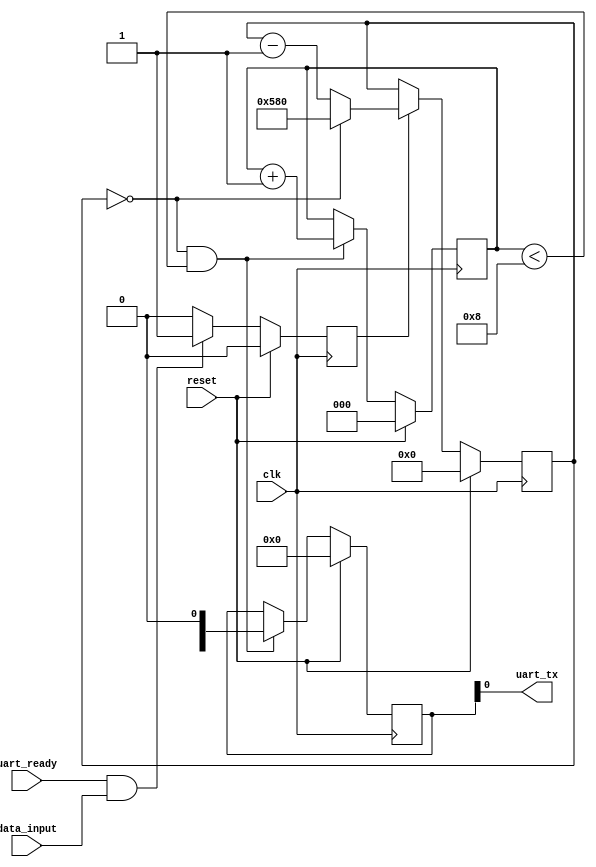
module uart_transmitter (
  input wire clk,
  input wire reset,
  input wire data_input,
  input wire uart_ready,
  output wire uart_tx
);

// Data Buffer
reg [7:0] data_buffer;

// Control Logic
reg transmit_enable;

always @ (posedge clk) begin
  if (reset) begin
    transmit_enable <= 0;
  end else if (uart_ready && data_input) begin
    transmit_enable <= 1;
  end else if (transmit_enable) begin
    transmit_enable <= 0;
  end
end

// Baud Rate Generator
reg [11:0] baud_counter;
parameter BAUD_RATE = 9600; // specified baud rate

always @ (posedge clk) begin
  if (reset) begin
    baud_counter <= 0;
  end else if (transmit_enable) begin
    if (baud_counter == (1'b0)) begin
      baud_counter <= BAUD_RATE;
    end else begin
      baud_counter <= baud_counter - 1'b1;
    end
  end
end

// Shift Register
reg [7:0] shift_reg;
reg [2:0] shift_counter;

always @ (posedge clk) begin
  if (reset) begin
    shift_reg <= 8'b0;
    shift_counter <= 3'b0;
  end else if (baud_counter == (1'b0) && shift_counter < 8) begin
    shift_reg <= {data_buffer, 1'b0};
    shift_counter <= shift_counter + 1'b1;
  end
end

// Output
assign uart_tx = shift_reg[0];

endmodule